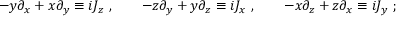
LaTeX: - y \partial _ { x } + x \partial _ { y } \equiv i J _ { z } ~ , \qquad - z \partial _ { y } + y \partial _ { z } \equiv i J _ { x } ~ , \qquad - x \partial _ { z } + z \partial _ { x } \equiv i J _ { y } ~ ;